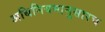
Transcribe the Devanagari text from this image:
अधिनियमानुसारच